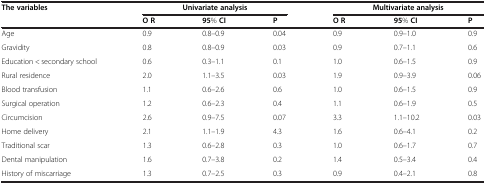
<table><thead><tr><td><b>The variables</b></td><td colspan="3"><b>Univariate analysis</b></td><td colspan="3"><b>Multivariate analysis</b></td></tr><tr><td>[EMPTY_CELL]</td><td><b>O R</b></td><td><b>95% CI</b></td><td><b>P</b></td><td><b>O R</b></td><td><b>95% CI</b></td><td><b>P</b></td></tr></thead><tbody><tr><td>Age</td><td>0.9</td><td>0.8–0.9</td><td>0.04</td><td>0.9</td><td>0.9–1.0</td><td>0.9</td></tr><tr><td>Gravidity</td><td>0.8</td><td>0.8–0.9</td><td>0.03</td><td>0.9</td><td>0.7–1.1</td><td>0.6</td></tr><tr><td>Education &lt; secondary school</td><td>0.6</td><td>0.3–1.1</td><td>0.1</td><td>1.0</td><td>0.6–1.5</td><td>0.9</td></tr><tr><td>Rural residence</td><td>2.0</td><td>1.1–3.5</td><td>0.03</td><td>1.9</td><td>0.9–3.9</td><td>0.06</td></tr><tr><td>Blood transfusion</td><td>1.1</td><td>0.6–2.6</td><td>0.6</td><td>1.0</td><td>0.6–1.5</td><td>0.9</td></tr><tr><td>Surgical operation</td><td>1.2</td><td>0.6–2.3</td><td>0.4</td><td>1.1</td><td>0.6–1.9</td><td>0.5</td></tr><tr><td>Circumcision</td><td>2.6</td><td>0.9–7.5</td><td>0.07</td><td>3.3</td><td>1.1–10.2</td><td>0.03</td></tr><tr><td>Home delivery</td><td>2.1</td><td>1.1–1.9</td><td>4.3</td><td>1.6</td><td>0.6–4.1</td><td>0.2</td></tr><tr><td>Traditional scar</td><td>1.3</td><td>0.6–2.8</td><td>0.3</td><td>1.0</td><td>0.6–1.7</td><td>0.7</td></tr><tr><td>Dental manipulation</td><td>1.6</td><td>0.7–3.8</td><td>0.2</td><td>1.4</td><td>0.5–3.4</td><td>0.4</td></tr><tr><td>History of miscarriage</td><td>1.3</td><td>0.7–2.5</td><td>0.3</td><td>0.9</td><td>0.4–2.1</td><td>0.8</td></tr></tbody></table>